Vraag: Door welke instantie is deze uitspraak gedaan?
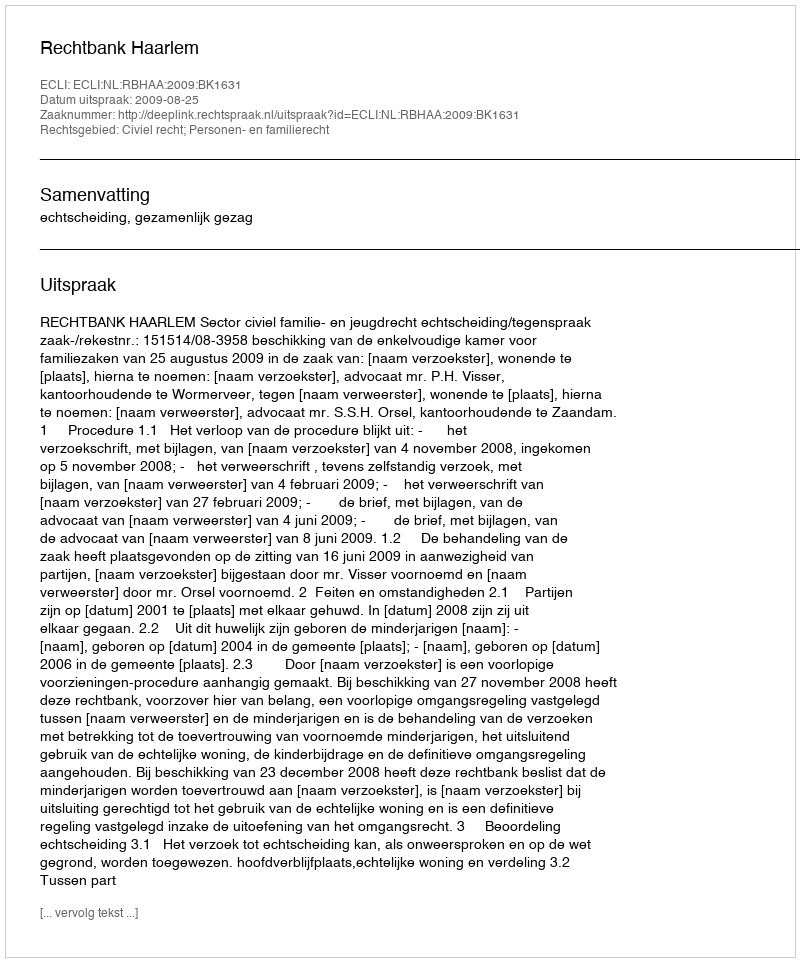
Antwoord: Rechtbank Haarlem